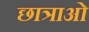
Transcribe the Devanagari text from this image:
छात्राओ